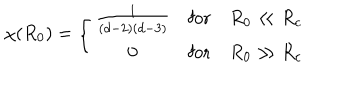
LaTeX: \chi ( R _ { 0 } ) = \left\{ \begin{array} { c c c } { { \frac { 1 } { ( d - 2 ) ( d - 3 ) } } } & { { \mathrm { f o r } } } & { { R _ { 0 } \ll R _ { c } } } \\ { { 0 } } & { { \mathrm { f o r } } } & { { R _ { 0 } \gg R _ { c } } } \\ \end{array} \right.